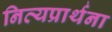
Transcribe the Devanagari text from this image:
नित्यप्रार्थना